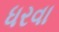
ધરવા